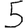
Digit: 5